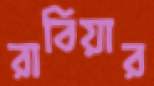
রাবিয়ার